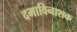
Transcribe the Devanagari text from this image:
दमाविनाशक